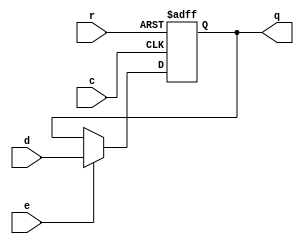
//Ejercicio 3: Flip Flop Tipo JK
//Daniel Mundo 19508
module FlipFlopD(input e, r, c, input d, output reg q);
  always @ (posedge c, posedge r)
  begin
    if (r) q <= 1'b0;
    else if (e) q <= d;
    end
endmodule//Del ejercicio 1, el funcionamiento se explica en el archivo:
        // "Ejercicio1.v" carpeta Ejercicio 1.
module Combination(input wire j, k, q,output wire D);
  //Cables auxiliares
  wire notk, notq, y0, y1;
//Niegan las entradas
  not n1(notk, k);
  not n2(notq, q);
//Operacion D = ~K*Q + J*~Q
  and a1(y0, notk, q);
  and a2(y1, j, notq);
  or  o1(D, y1, y0);
endmodule //En este modulo se describe de manera estructural la nube combinacio-
        //nal que va conectada antes del FlipFlop tipo D.
module FlipFlopJK(input eneable, reset, clk, input J, K, output wire Q);
  wire y;
  FlipFlopD   f1(eneable, reset, clk, y, Q);
  Combination m1(J, K, Q, y);
endmodule //En este modulo se une la salida de la nube combinacional a la entra-
        //das "D" del Flip FLop tipo D, teniendo tambien, dicha nube combinacio-
      //nal como parte de sus entradas la salida "Q" del FlipFlop.